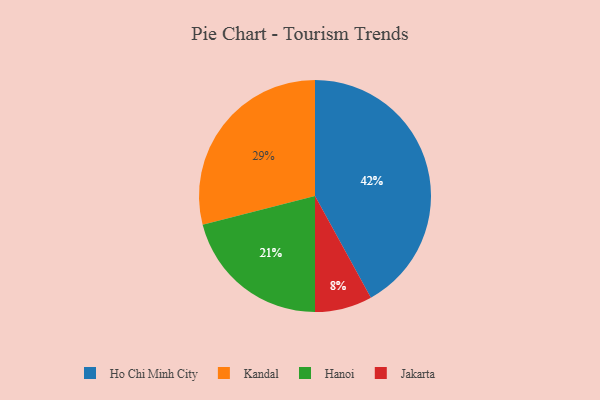
{"axis": {"x": "Category", "y": "Percentage"}, "legend": ["Hanoi", "Ho Chi Minh City", "Jakarta", "Kandal"], "data": [{"x": "Kandal", "y": 29, "type": "Kandal"}, {"x": "Hanoi", "y": 21, "type": "Hanoi"}, {"x": "Ho Chi Minh City", "y": 42, "type": "Ho Chi Minh City"}, {"x": "Jakarta", "y": 8, "type": "Jakarta"}]}